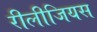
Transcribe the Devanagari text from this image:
रीलीजियस